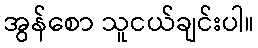
အွန်စော သူငယ်ချင်းပါ။